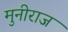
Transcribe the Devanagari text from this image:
मुनीराज